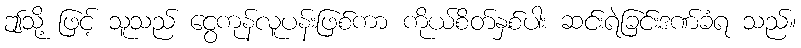
ဤသို့ ဖြင့် သူသည် ငွေကုန်လူပန်းဖြစ်ကာ ကိုယ်စိတ်နှစ်ပါး ဆင်းရဲခြင်းဒဏ်ခံရ သည်။